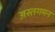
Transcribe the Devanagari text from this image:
अस्तगमन